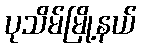
ပုသိမ်မြို့နယ်